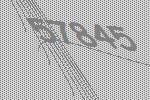
57845